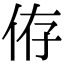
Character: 侟